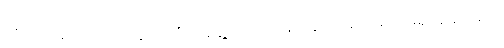
တိုင်းရင်းသားလက်နက်ကိုင်အဖွဲ့အစည်းများနှင့်ငြိမ်းချမ်းရေးရယူခဲ့သည်။